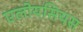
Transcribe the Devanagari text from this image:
एलोयसियस